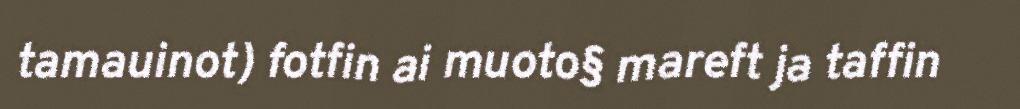
tamauinot) fotfin ai muoto§ mareft ja taffin